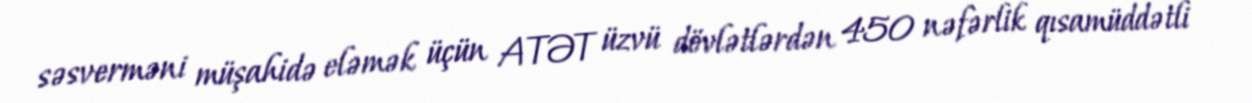
səsverməni müşahidə eləmək üçün ATƏT üzvü dövlətlərdən 450 nəfərlik qısamüddətli